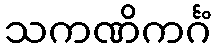
သကဏိကင်္ဂံ